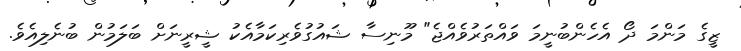
ޒީގެ މަންމަ ދޯ އެހެންބުނީމަ ވައްތަރުވެއްޖެ" މޫނިސާ ޝައުގުވެރިކަމާއެކު ޝީރީނަށް ބަލަމުން ބުނެލިއެވެ.